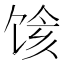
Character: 𱃽